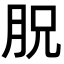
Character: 𣍦